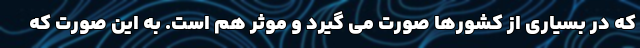
که در بسیاری از کشورها صورت می گیرد و موثر هم است. به این صورت که